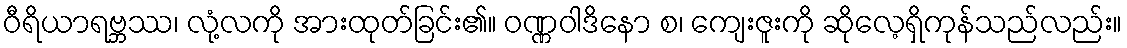
ဝီရိယာရဗ္ဘဿ၊ လုံ့လကို အားထုတ်ခြင်း၏။ ဝဏ္ဏဝါဒိနော စ၊ ကျေးဇူးကို ဆိုလေ့ရှိကုန်သည်လည်း။